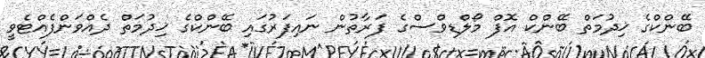
ބޭންކްގެ ޚިދުމަތް ބޭންކް އޮފް މޯލްޑިވްސްގެ ފަރާތުން ނައިފަރުގައި ބޭންކްގެ ޚިދުމަތް ދެއްވަންފެއްޓެވީ